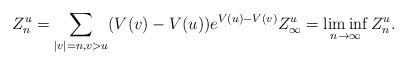
LaTeX: \begin{align*} Z^u_n = \sum_{|v|=n, v > u} (V(v)-V(u))e^{V(u)-V(v)} Z^u_\infty = \liminf_{n \to \infty} Z^u_n.\end{align*}